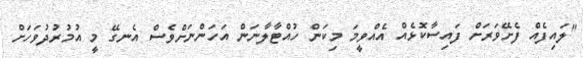
"ލައިފެއް ފެށޭވަރަށް ފައިސާކޮޅެއް އެއްވީމަ މިކަން ހުއްޓާލާނަން އަހަންނަށްވެސް އެނގޭ މީ އުމުރުދުވަހަށް